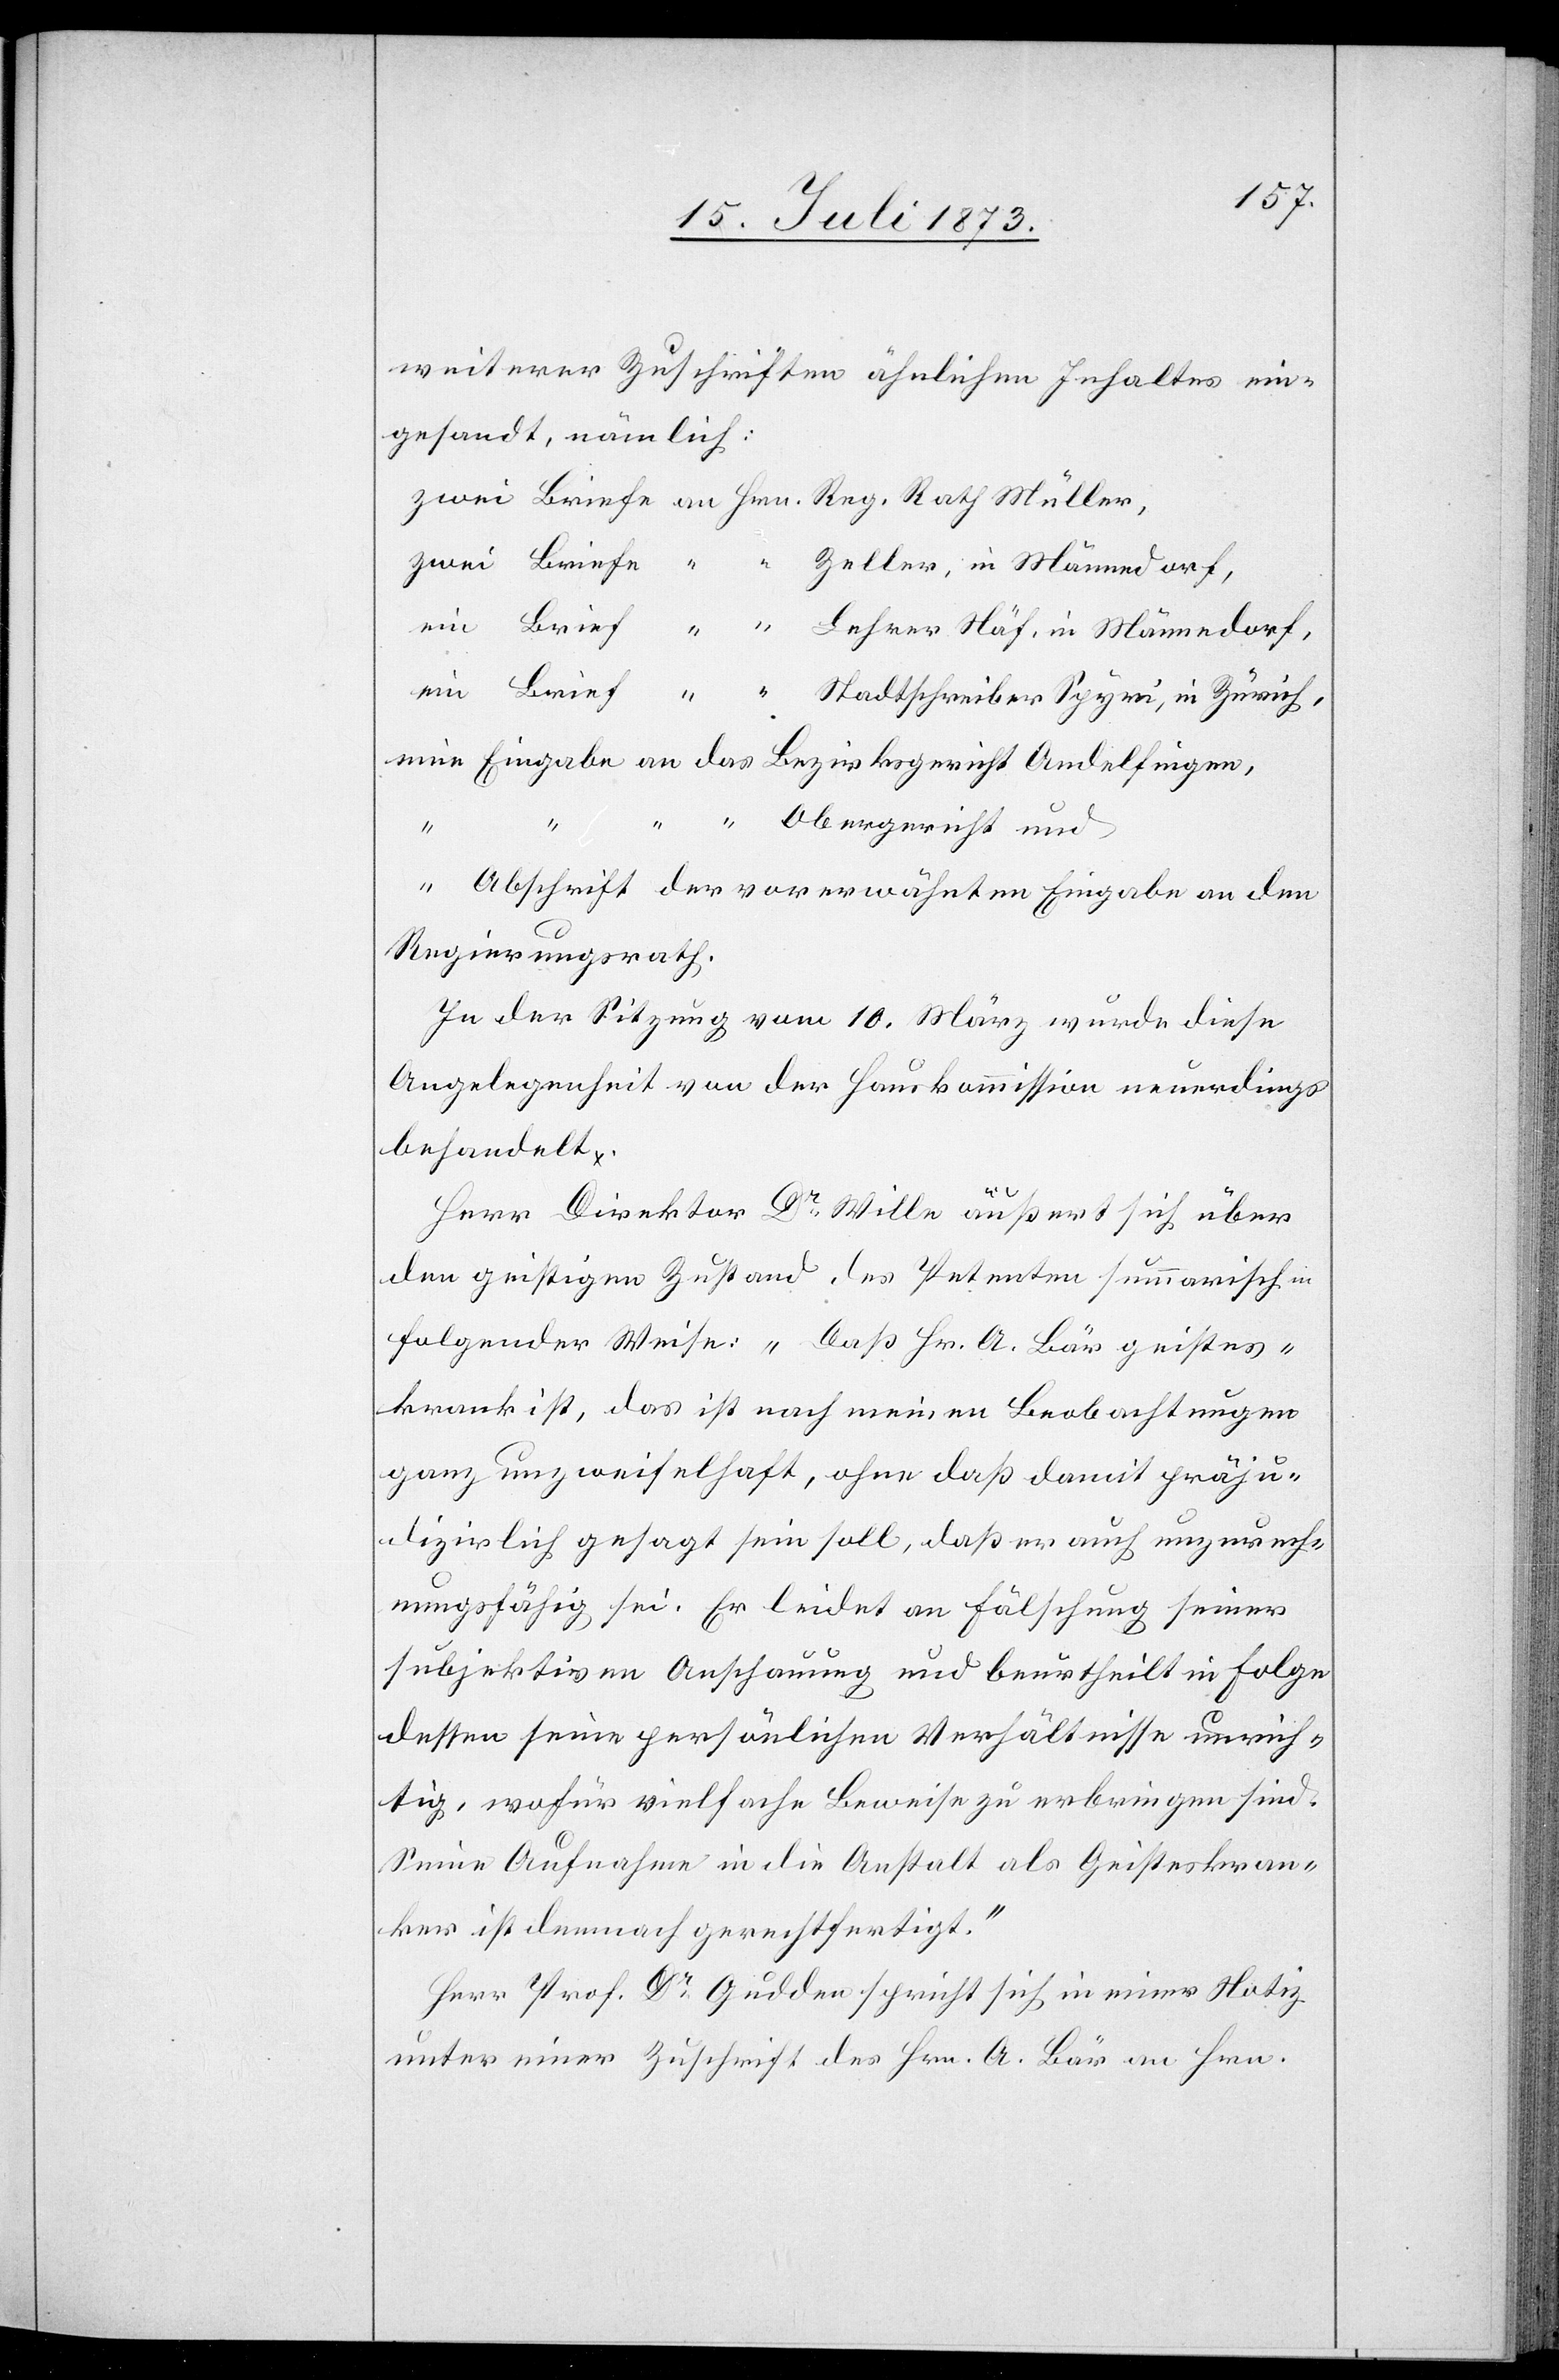
weiterer Zuschriften ähnlichen Inhaltes ein¬
gesandt, nämlich:
eine Eingabe an das Bezirksgericht Andelfingen,
“ “ Obergericht und
“ Abschrift der vorerwähnten Eingabe an den
Regierungsrath.
In der Sitzung vom 10. März wurde diese
Angelegenheit von der Hauskommission neuerdings
behandelt.
Herr Direktor Dr Wille äußert sich über
den geistigen Zustand des Petenten summarisch in
folgender Weise: „Daß Hr. A. Bär geistes¬
krank ist, das ist nach meinen Beobachtungen
ganz unzweifelhaft, ohne daß damit präju¬
dizirlich gesagt sein soll, daß er auch unzurech¬
nungsfähig sei. Er leidet an Fälschung seiner
subjektiven Anschauung und beurtheilt in Folge
dessen seine persönlichen Verhältnisse unrich¬
tig, wofür vielfache Beweise zu erbringen sind.
Seine Aufnahme in die Anstalt als Geisteskran¬
ker ist demnach gerechtfertigt.“
Herr Prof. Dr Gudden spricht sich in einer Notiz
unter einer Zuschrift des Hrn. A. Bär an Hrn.